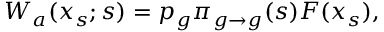
{ \cal W } _ { a } ( x _ { s } ; s ) = p _ { g } \pi _ { g \to g } ( s ) { \cal F } ( x _ { s } ) ,